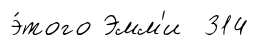
э́того Эмм'и 314